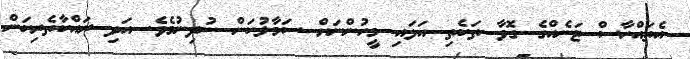
އެތައްހާސް ޓަނެއްގެ ގޮވާ ތަކެތި އަޅައި މީހުންނަށް ސަމާލުކަން ނުދިނުމެވެ. އަދި ރައްކާތެރިކަން